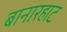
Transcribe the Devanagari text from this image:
बानारहाट